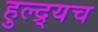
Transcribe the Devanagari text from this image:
हुल्द्र्यच